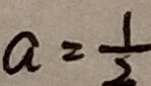
a = \frac { 1 } { 2 }